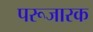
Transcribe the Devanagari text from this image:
परूजारक